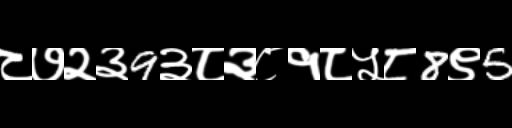
Text: ८७२३9३८३८१८५८8९5